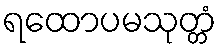
ရထောပမသုတ္တံ